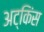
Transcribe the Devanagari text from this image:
अट्किंस